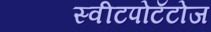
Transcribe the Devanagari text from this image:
स्वीटपोटॅटोज